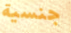
جنسية